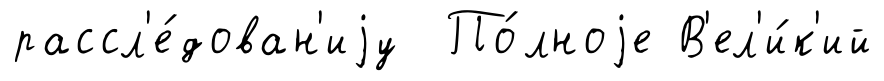
рассл'е́дован'иjу По́лноjе В'ел'и́к'ий